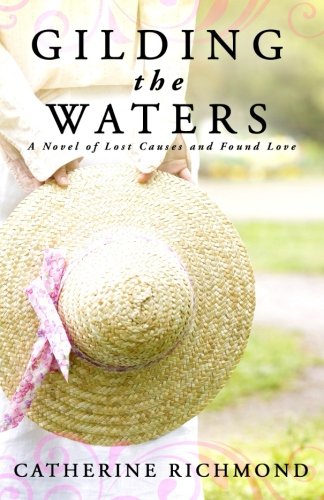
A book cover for Gilding the Waters: A Novel of Lost Causes and Found Love; Catherine Richmond; Romance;